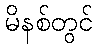
မိနစ်တွင်